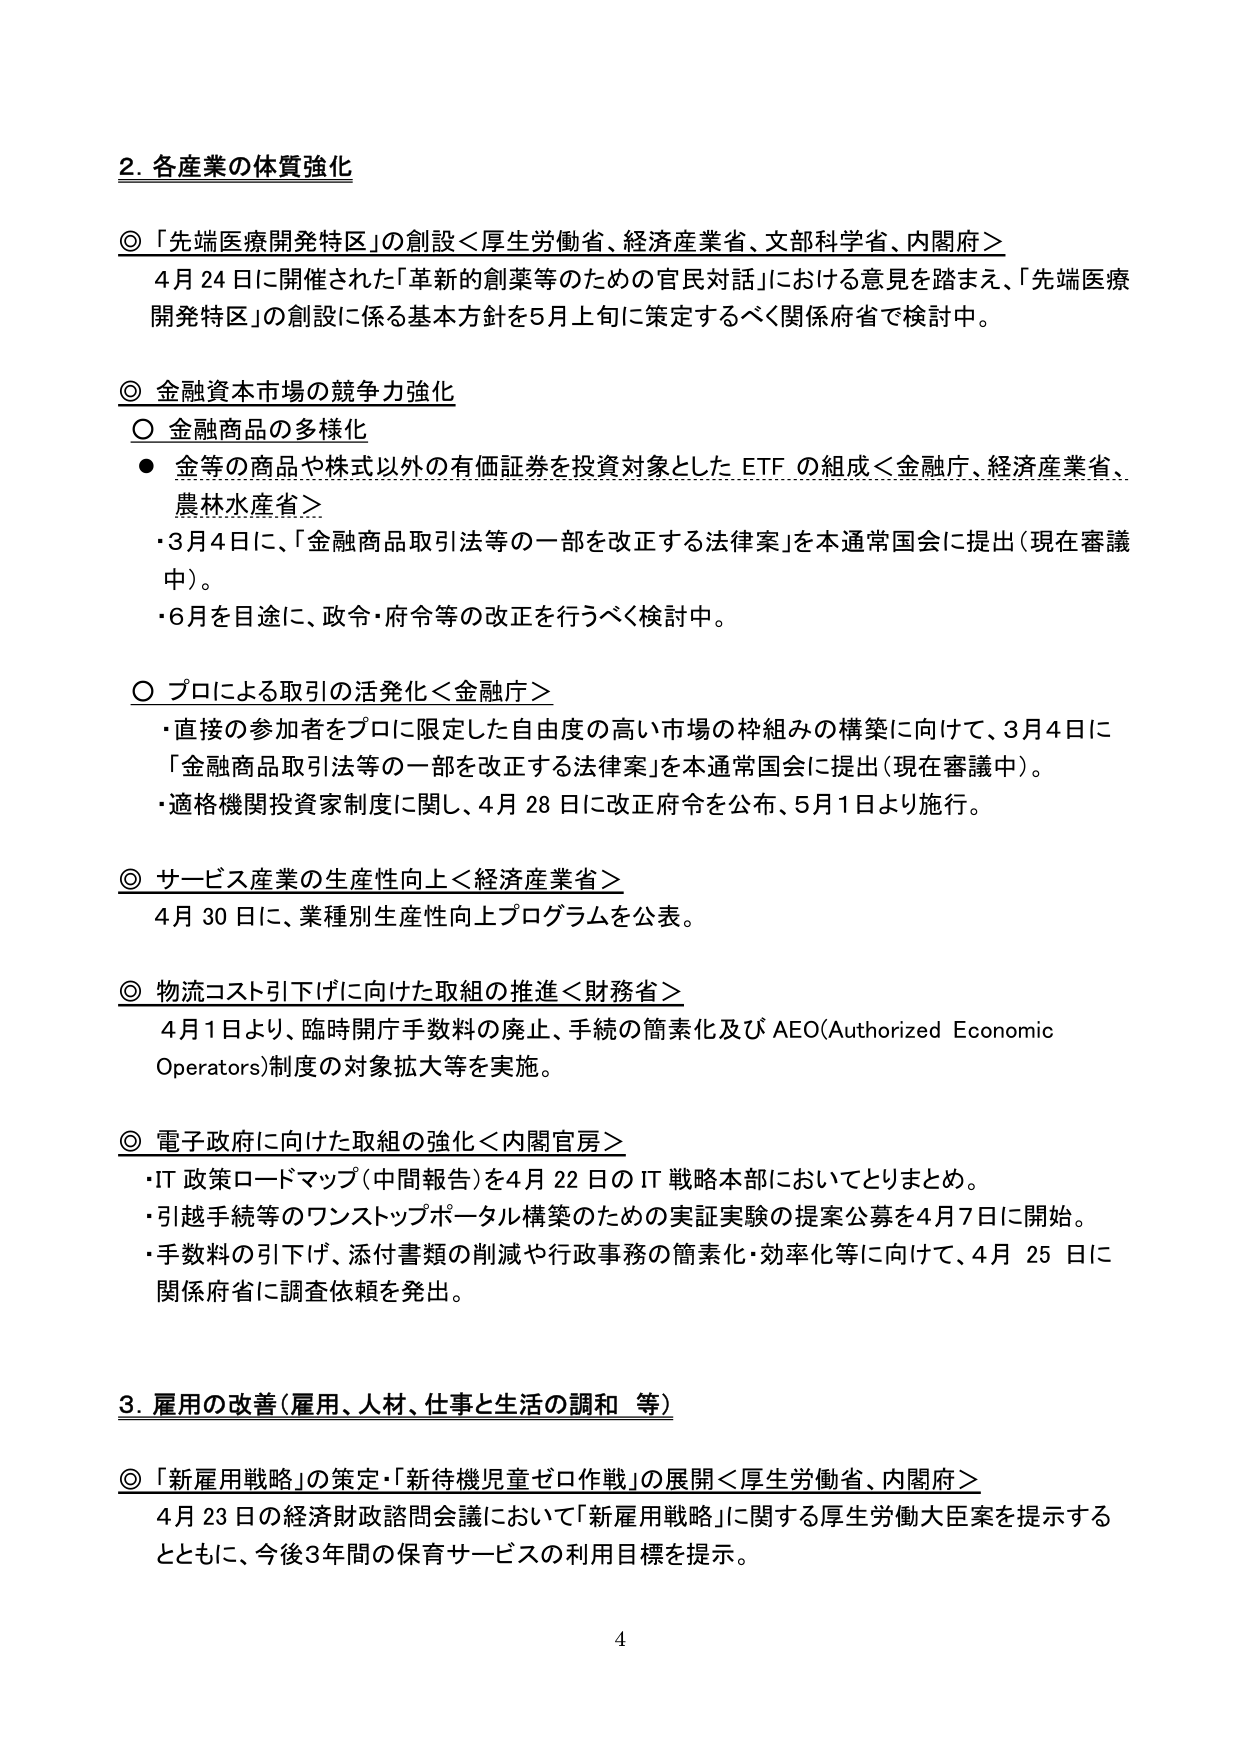
2. 各産業の体質強化

◎「先端医療開発特区」の創設＜厚生労働省、経済産業省、文部科学省、内閣府＞
　4月24日に開催された「革新的創薬等のための官民対話」における意見を踏まえ、「先端医療
　開発特区」の創設に係る基本方針を5月上旬に策定するべく関係府省で検討中。

◎ 金融資本市場の競争力強化
　○ 金融商品の多様化
　　● 金等の商品や株式以外の有価証券を投資対象としたETFの組成＜金融庁、経済産業省、
　　　農林水産省＞
　　　・3月4日に、「金融商品取引法等の一部を改正する法律案」を本通常国会に提出（現在審議
　　　中）。
　　　・6月を目途に、政令・府令等の改正を行うべく検討中。

　○ プロによる取引の活発化＜金融庁＞
　　　・直接の参加者をプロに限定した自由度の高い市場の枠組みの構築に向けて、3月4日に
　　　「金融商品取引法等の一部を改正する法律案」を本通常国会に提出（現在審議中）。
　　　・適格機関投資家制度に関し、4月28日に改正府令を公布、5月1日より施行。

◎ サービス産業の生産性向上＜経済産業省＞
　4月30日に、業種別生産性向上プログラムを公表。

◎ 物流コスト引下げに向けた取組の推進＜財務省＞
　4月1日より、臨時開庁手数料の廃止、手続の簡素化及びAEO(Authorized Economic
　Operators)制度の対象拡大等を実施。

◎ 電子政府に向けた取組の強化＜内閣官房＞
　・IT政策ロードマップ（中間報告）を4月22日のIT戦略本部においてとりまとめ。
　・引越手続等のワンストップポータル構築のための実証実験の提案公募を4月7日に開始。
　・手数料の引下げ、添付書類の削減や行政事務の簡素化・効率化等に向けて、4月25日に
　　関係府省に調査依頼を発出。

3. 雇用の改善（雇用、人材、仕事と生活の調和 等）

◎「新雇用戦略」の策定・「新待機児童ゼロ作戦」の展開＜厚生労働省、内閣府＞
　4月23日の経済財政諮問会議において「新雇用戦略」に関する厚生労働大臣案を提示する
　とともに、今後3年間の保育サービスの利用目標を提示。

4